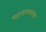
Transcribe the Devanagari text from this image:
महापापनाशक